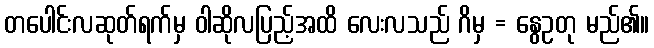
တပေါင်းလဆုတ်ရက်မှ ဝါဆိုလပြည့်အထိ လေးလသည် ဂိမှ = နွေဥတု မည်၏။